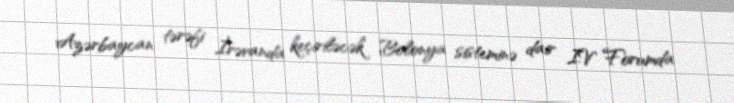
Azərbaycan tərəfi İrəvanda keçiriləcək Bolonya sisteminə dair IV Forumda